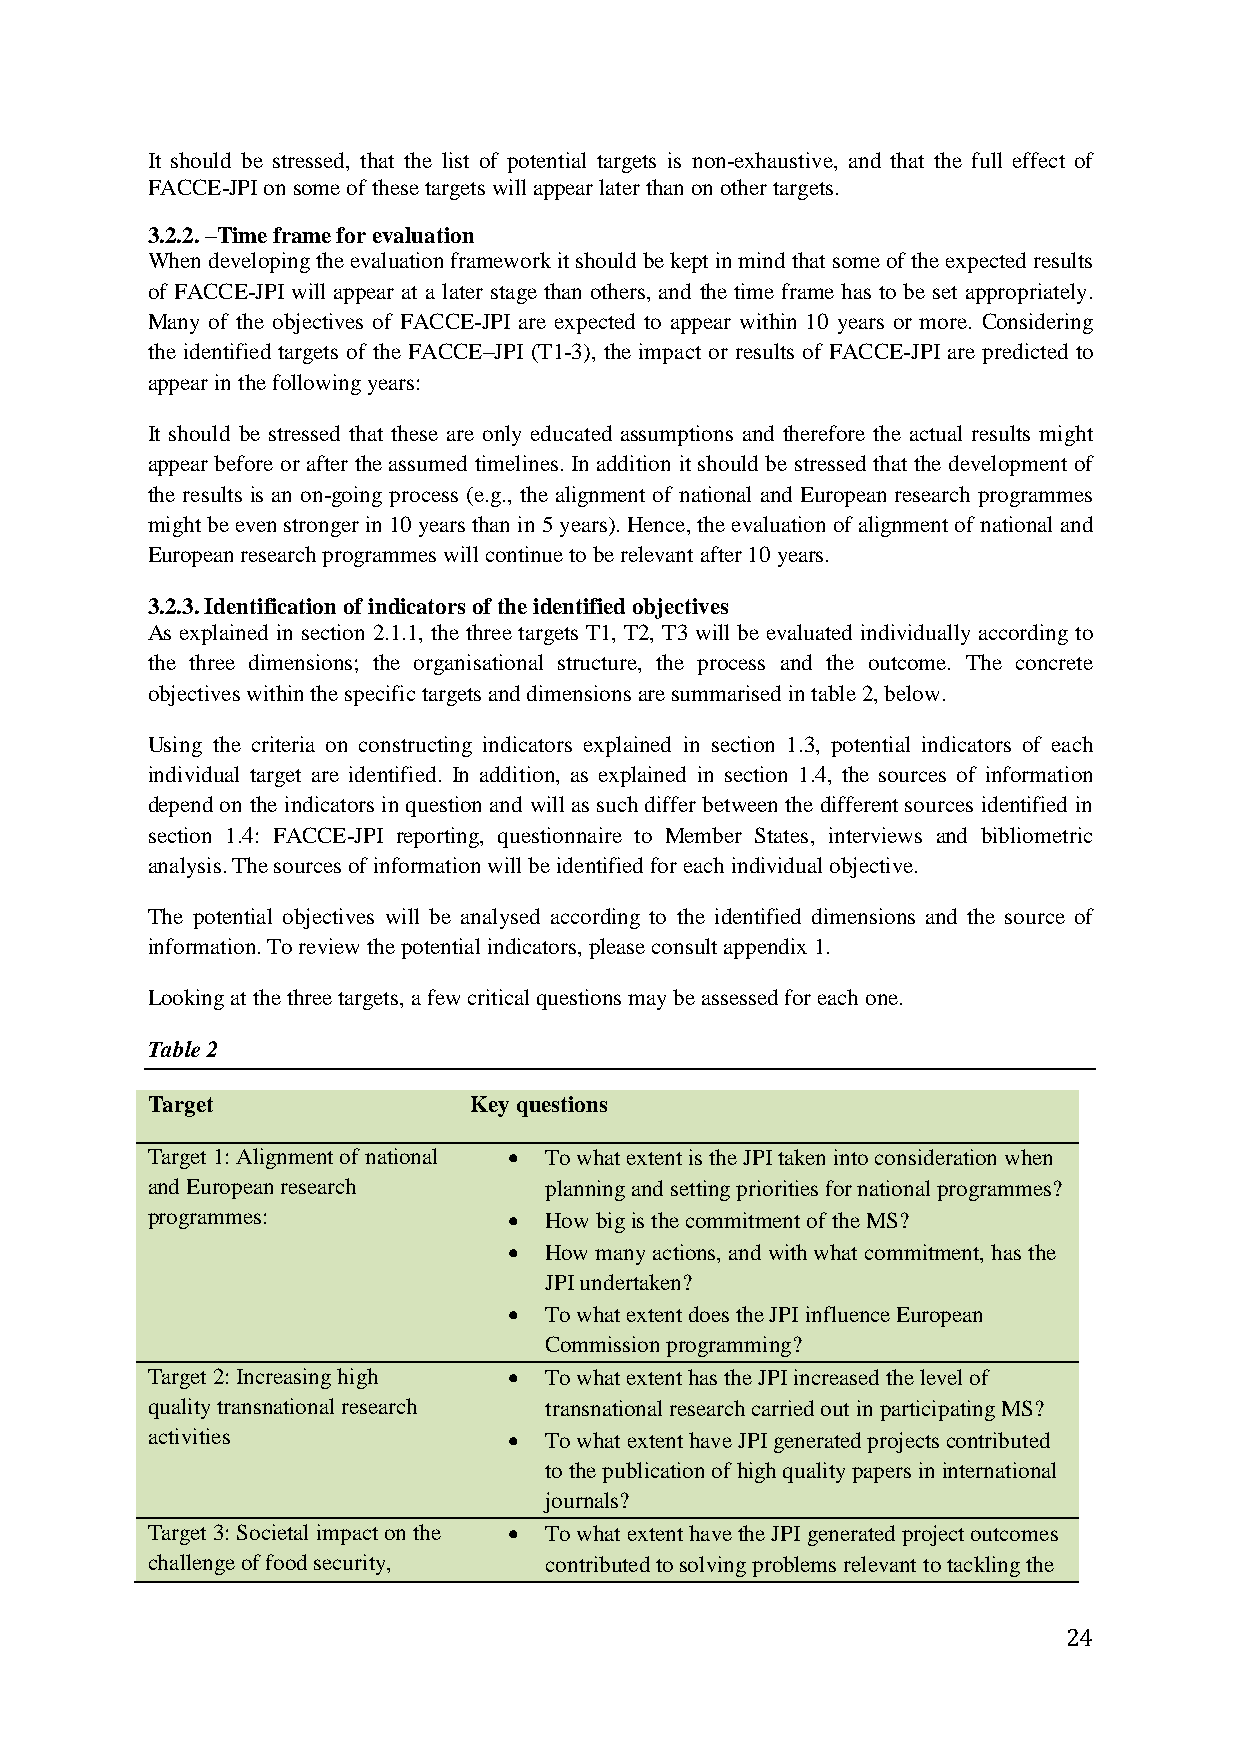
It should be stressed, that the list of potential targets is non-exhaustive, and that the full effect of
 FACCE-JPI on some of these targets will appear later than on other targets.
 3.2.2. –Time frame for evaluation
 When developing the evaluation framework it should be kept in mind that some of the expected results
 of FACCE-JPI will appear at a later stage than others, and the time frame has to be set appropriately.
 Many of the objectives of FACCE-JPI are expected to appear within 10 years or more. Considering
 the identified targets of the FACCE–JPI (T1-3), the impact or results of FACCE-JPI are predicted to
 appear in the following years:
 It should be stressed that these are only educated assumptions and therefore the actual results might
 appear before or after the assumed timelines. In addition it should be stressed that the development of
 the results is an on-going process (e.g., the alignment of national and European research programmes
 might be even stronger in 10 years than in 5 years). Hence, the evaluation of alignment of national and
 European research programmes will continue to be relevant after 10 years.
 3.2.3. Identification of indicators of the identified objectives
 As explained in section 2.1.1, the three targets T1, T2, T3 will be evaluated individually according to
 the three dimensions; the organisational structure, the process and the outcome. The concrete
 objectives within the specific targets and dimensions are summarised in table 2, below.
 Using the criteria on constructing indicators explained in section 1.3, potential indicators of each
 individual target are identified. In addition, as explained in section 1.4, the sources of information
 depend on the indicators in question and will as such differ between the different sources identified in
 section 1.4: FACCE-JPI reporting, questionnaire to Member States, interviews and bibliometric
 analysis. The sources of information will be identified for each individual objective.
 The potential objectives will be analysed according to the identified dimensions and the source of
 information. To review the potential indicators, please consult appendix 1.
 Looking at the three targets, a few critical questions may be assessed for each one.
 Table 2
 Target               Key questions
 Target 1: Alignment of national  To what extent is the JPI taken into consideration when
 and European research     planning and setting priorities for national programmes?
 programmes:              How big is the commitment of the MS?
  How many actions, and with what commitment, has the
 JPI undertaken?
  To what extent does the JPI influence European
 Commission programming?
 Target 2: Increasing high  To what extent has the JPI increased the level of
 quality transnational research transnational research carried out in participating MS?
 activities               To what extent have JPI generated projects contributed
 to the publication of high quality papers in international
 journals?
 Target 3: Societal impact on the  To what extent have the JPI generated project outcomes
 challenge of food security, contributed to solving problems relevant to tackling the
 24